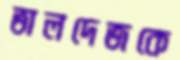
ভালদেজকে